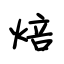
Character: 焙